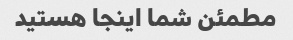
مطمئن شما اینجا هستید